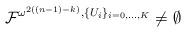
LaTeX: \begin{align*}\mathcal{F}^{\omega^{2((n-1)-k)},\{U_i\}_{i=0,\dots,K}}\neq\emptyset\end{align*}